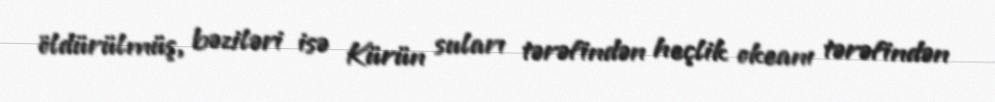
öldürülmüş, bəziləri isə Kürün suları tərəfindən heçlik okeanı tərəfindən